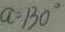
a = 1 3 0 ^ { \circ }